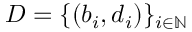
D = \{ ( b _ { i } , d _ { i } ) \} _ { i \in \mathbb { N } }